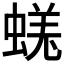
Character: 𧎉